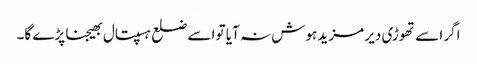
اگر اسے تھوڑی دیر مزید ہوش نہ آیا تو اسے ضلع ہسپتال بھیجنا پڑے گا۔